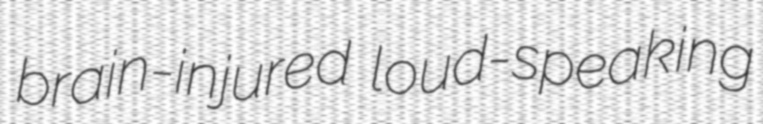
brain-injured loud-speaking